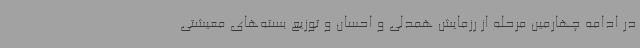
در ادامه چهارمین مرحله از رزمایش همدلی و احسان و توزیع بسته‌های معیشتی